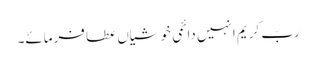
ربّ کریم انہیں دائمی خوشیاں عطا فرمائے۔